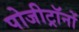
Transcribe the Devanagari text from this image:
पोजीट्रॉनों